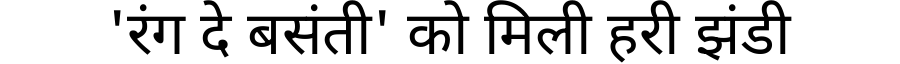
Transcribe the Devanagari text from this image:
'रंग दे बसंती' को मिली हरी झंडी